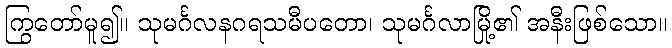
ကြွတော်မူ၍။ သုမင်္ဂလနဂရသမီပတော၊ သုမင်္ဂလာမြို့၏ အနီးဖြစ်သော။